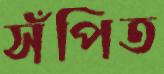
সঁপিত